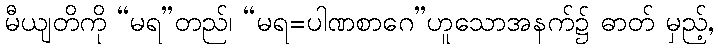
မီယျတိကို “မရ”တည်၊ “မရ=ပါဏစာဂေ”ဟူသောအနက်၌ ဓာတ် မှည့်,